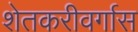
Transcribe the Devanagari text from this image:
शेतकरीवर्गास